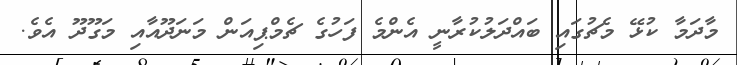
މާދަމާ ކުޅޭ މެޗުގައި ބައްދަލުކުރާނީ އެންމެ ފަހުގެ ޗެމްޕިއަން މަނަދޫއާއި މަގޫދޫ އެވެ.